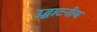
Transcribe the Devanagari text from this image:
उद्घाटनीय